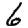
Digit: 6